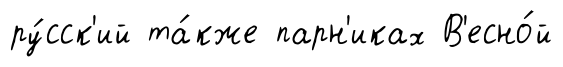
ру́сск'ий та́кже парн'иках В'есно́й